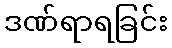
ဒဏ်ရာရခြင်း